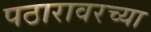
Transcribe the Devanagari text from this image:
पठारावरच्या